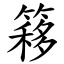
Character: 簃